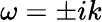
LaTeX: \omega=\pm ik